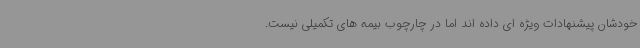
خودشان پیشنهادات ویژه ای داده اند اما در چارچوب بیمه های تکمیلی نیست.